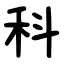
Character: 科